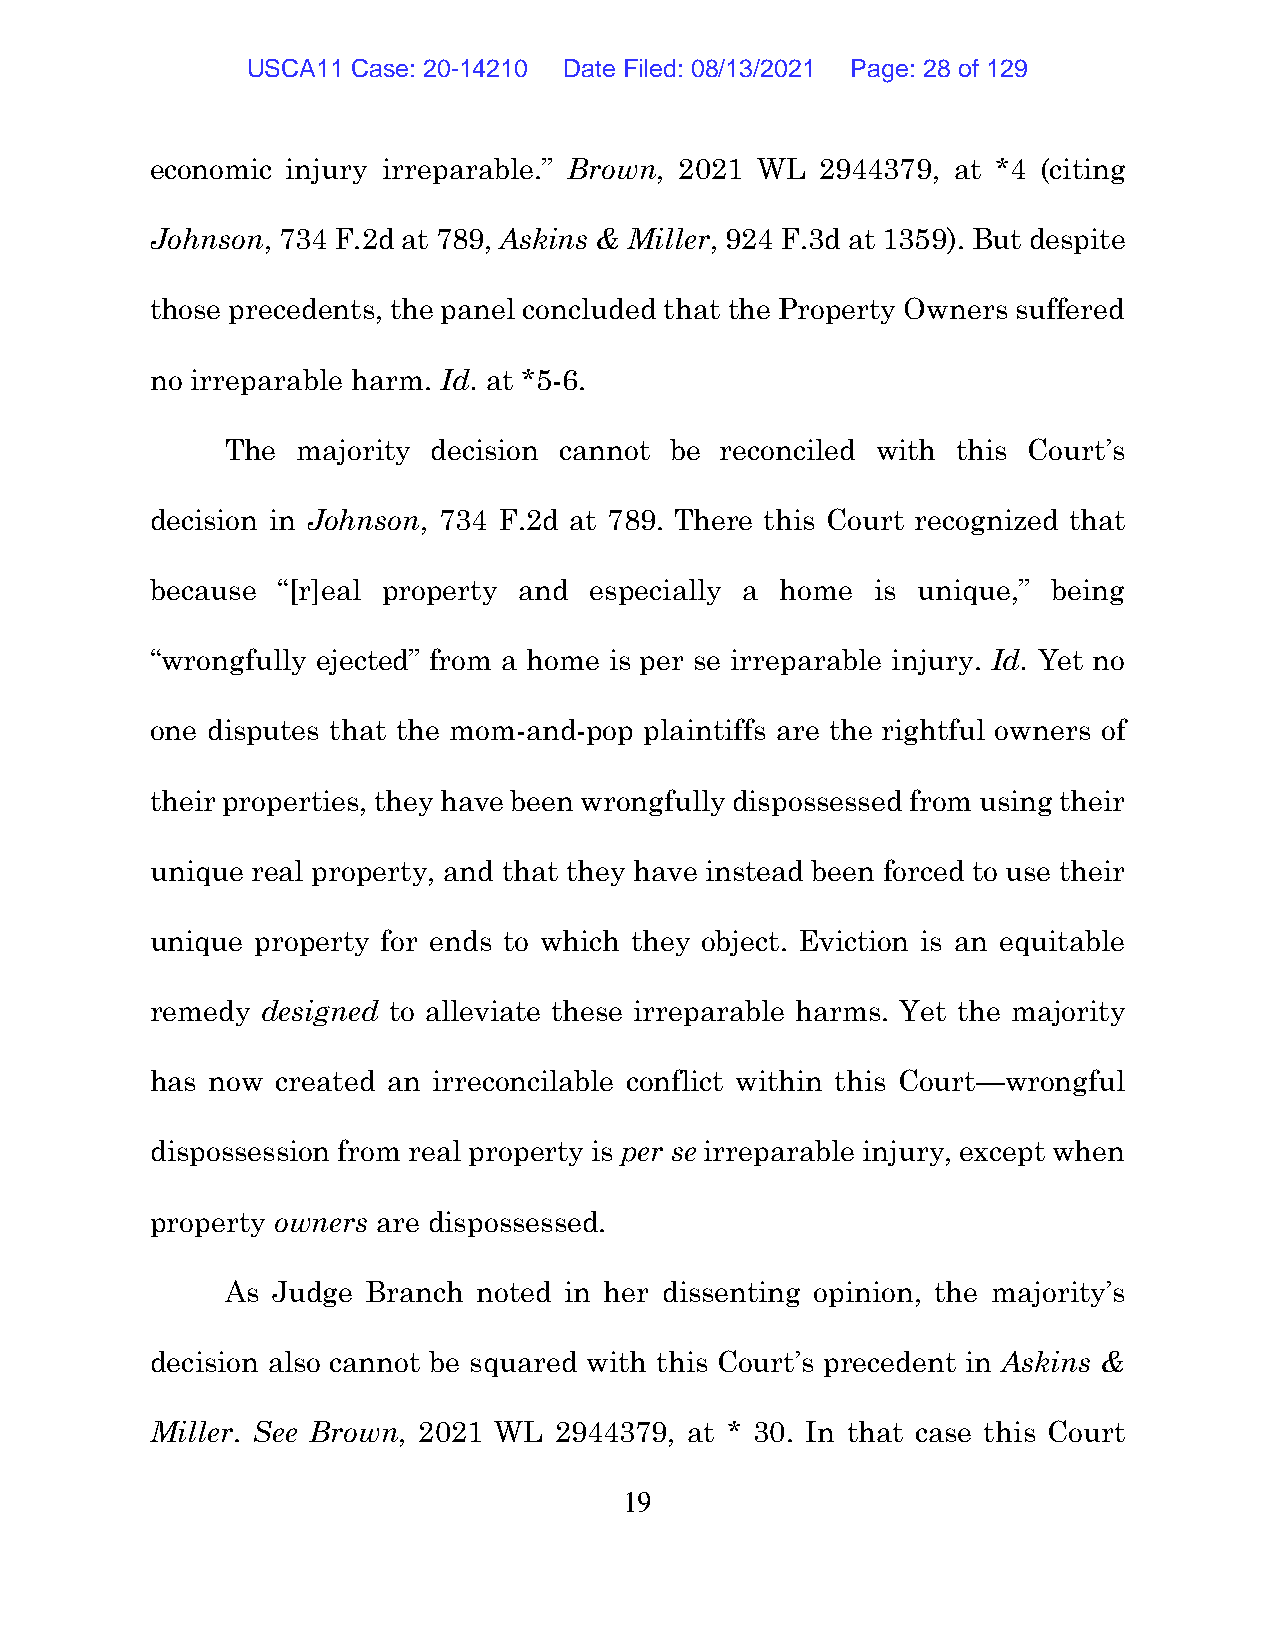
USCA11 Case: 20-14210 Date Filed: 08/13/2021 Page: 28 of 129
 economic injury irreparable.” Brown, 2021 WL 2944379, at *4 (citing
 Johnson, 734 F.2d at 789, Askins & Miller, 924 F.3d at 1359). But despite
 those precedents, the panel concluded that the Property Owners suffered
 no irreparable harm. Id. at *5-6.
 The  majority decision cannot be reconciled with this Court’s
 decision in Johnson, 734 F.2d at 789. There this Court recognized that
 because “[r]eal property and especially a home  is unique,” being
 “wrongfully ejected” from a home is per se irreparable injury. Id. Yet no
 one disputes that the mom-and-pop plaintiffs are the rightful owners of
 their properties, they have been wrongfully dispossessed from using their
 unique real property, and that they have instead been forced to use their
 unique property for ends to which they object. Eviction is an equitable
 remedy designed to alleviate these irreparable harms. Yet the majority
 has now created an irreconcilable conflict within this Court—wrongful
 dispossession from real property is per se irreparable injury, except when
 property owners are dispossessed.
 As Judge Branch  noted in her dissenting opinion, the majority’s
 decision also cannot be squared with this Court’s precedent in Askins &
 Miller. See Brown, 2021 WL 2944379, at * 30. In that case this Court
 19